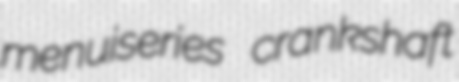
menuiseries crankshaft